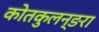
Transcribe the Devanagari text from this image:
कोतकुलन्ङरा